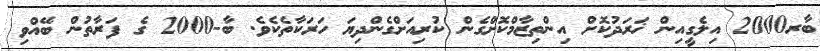
ބާރ2000 އިލެގީއިން ޚަރަދުކޮށް އިންތިޒާމްކޮށްގެން ކުރިއަށްގެންދިޔަ ހަރަކާތެކެވެ. ބާ-2000 ގެ ފަރާތުން ބޭއްވި